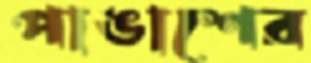
পাঙাশের